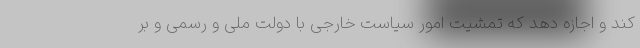
کند و اجازه دهد که تمشیت امور سیاست خارجی با دولت ملی و رسمی و بر